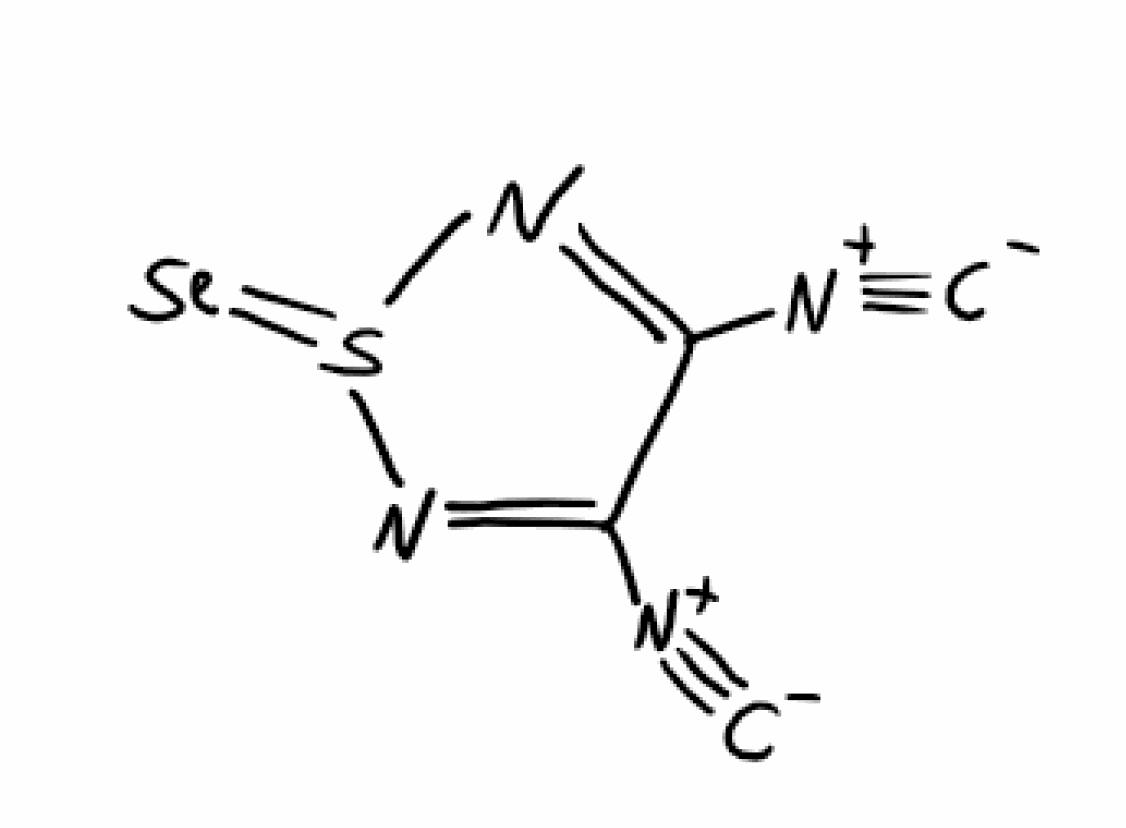
Simplified molecular-input line-entry system (SMILES) notation of the given molecule:
[C-]#[N+]C1=NS(=[Se])N=C1[N+]#[C-]